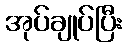
အုပ်ချုပ်ပြီး